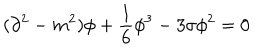
LaTeX: ( \partial ^ { 2 } - m ^ { 2 } ) \phi + \frac { 1 } { 6 } \phi ^ { 3 } - 3 \sigma \phi ^ { 2 } = 0